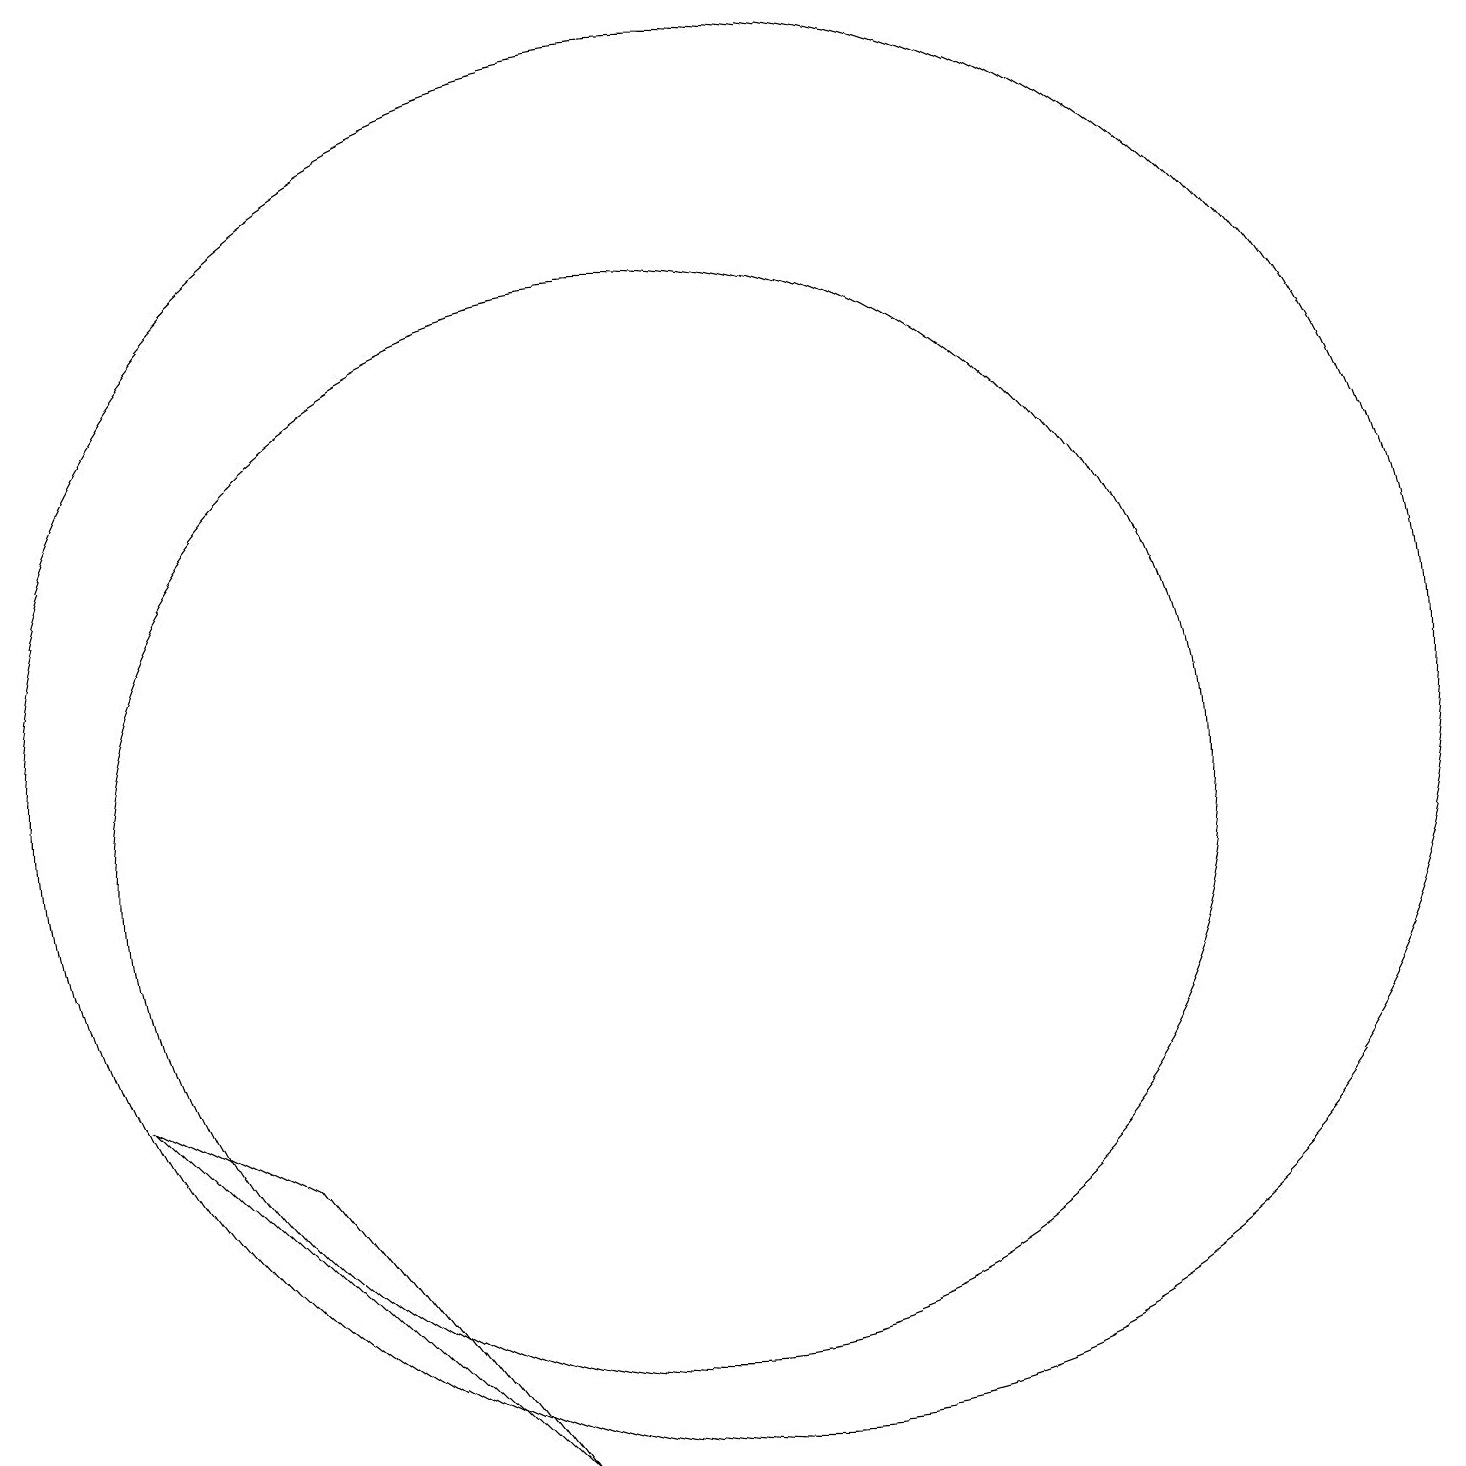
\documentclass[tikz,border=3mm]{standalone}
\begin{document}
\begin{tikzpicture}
\draw (10,10) circle (7);
\draw (11,11) circle (9);
\draw (8,2) -- (3,7) -- (5,6) -- cycle;
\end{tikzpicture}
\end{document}